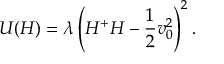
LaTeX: U ( H ) = \lambda \left( H ^ { + } H - \frac { 1 } { 2 } v _ { 0 } ^ { 2 } \right) ^ { 2 } .